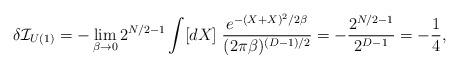
LaTeX: \begin{align*}\delta{\cal I}_{U(1)}=-\lim_{\beta\rightarrow 0}2^{N/2-1}\int [dX]\;\frac{e^{-(X+X)^2/2\beta}}{(2\pi\beta)^{(D-1)/2}} =-\frac{2^{N/2-1}}{2^{D-1}}=-\frac{1}{4},\end{align*}